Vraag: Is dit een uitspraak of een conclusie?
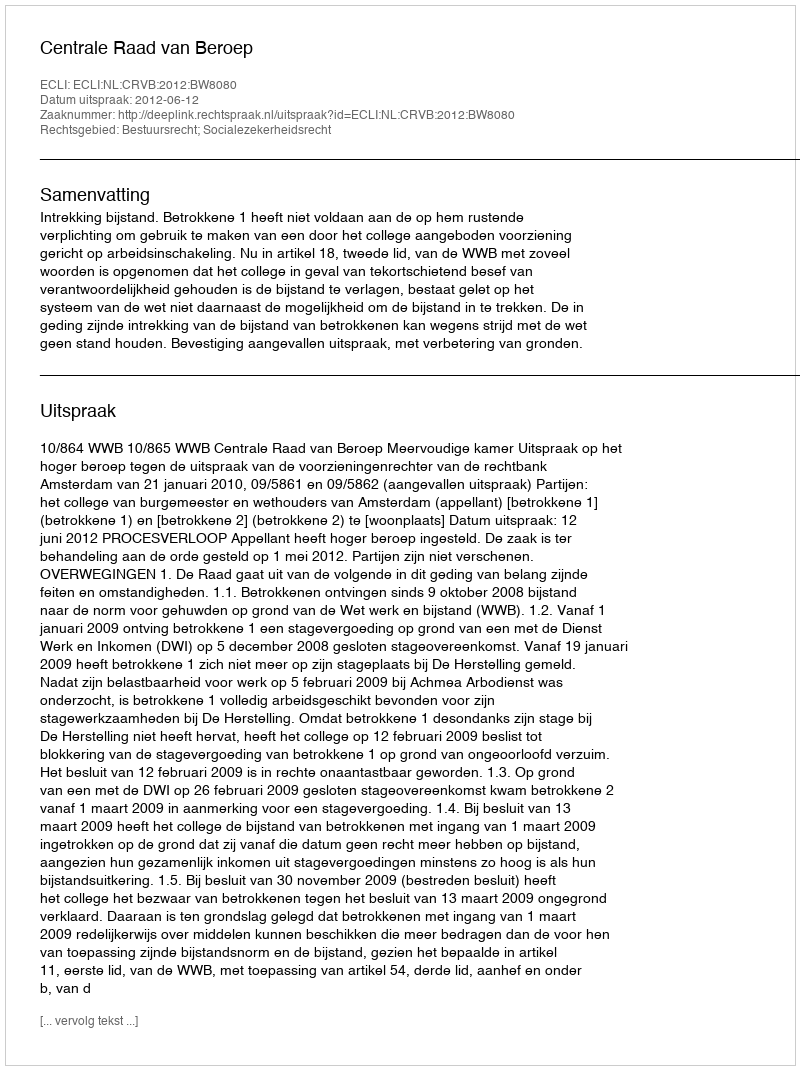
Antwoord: Uitspraak